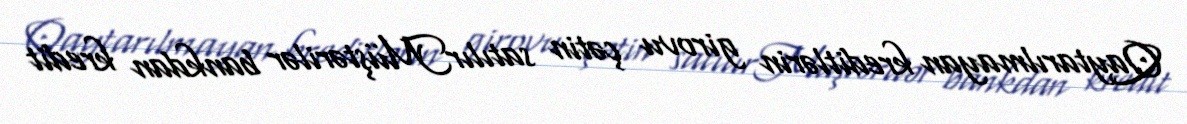
Qaytarılmayan kreditlərin girovu çətin satılırMüştərilər bankdan kredit